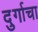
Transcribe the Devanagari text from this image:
दुर्गाचा